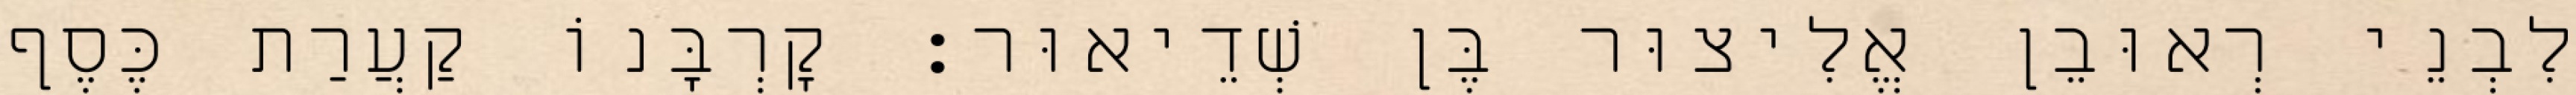
לִבְנֵי רְאוּבֵן אֱלִיצוּר בֶּן שְׁדֵיאוּר׃ קָרְבָּנוֹ קַעֲרַת כֶּסֶף